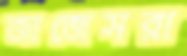
জাজেসরা